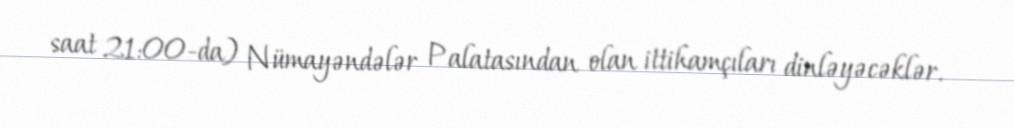
saat 21:00-da) Nümayəndələr Palatasından olan ittihamçıları dinləyəcəklər.